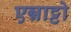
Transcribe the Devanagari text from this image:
एन्नाट्टो